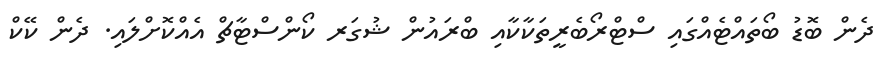
ދެން ބޮޑު ބޯތައްޓެއްގައި ސްޓްރޯބެރީތަކާކާއި ބްރައުން ޝުގަރ ކޯންސްޓާޗް އެއްކޮށްލައި. ދެން ކޭކް